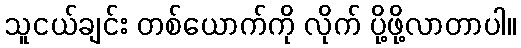
သူငယ်ချင်း တစ်ယောက်ကို လိုက် ပို့ဖို့လာတာပါ။